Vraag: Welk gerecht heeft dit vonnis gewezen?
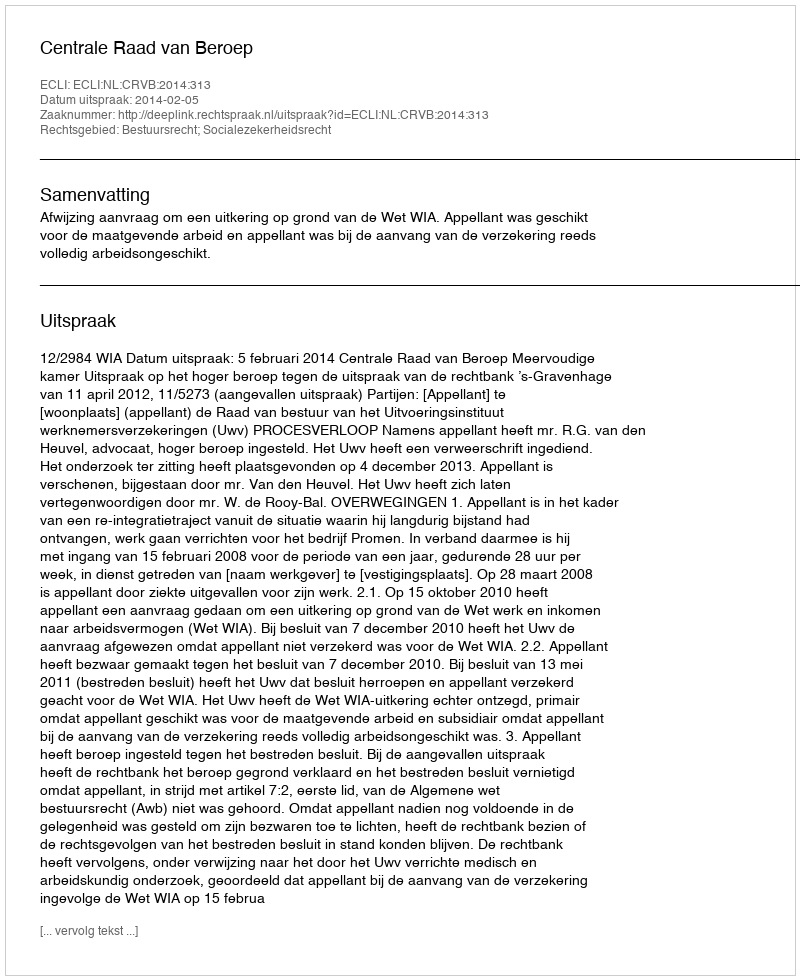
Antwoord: Centrale Raad van Beroep